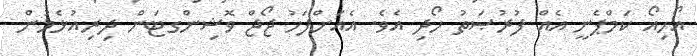
އޯހިއޯ ކަމްޕެނީ އެއް ފުރުޞަތު ހޯދި އެވެ. އެއަށްފަހު ޖޯޖް ވޮޝިންގޓަން ދިރިއުޅެމުން